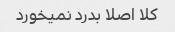
کلا اصلا بدرد نمیخورد